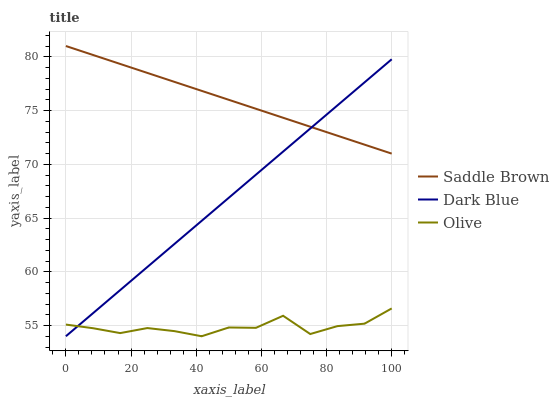
| xaxis_label | Saddle Brown | Dark Blue | Olive |
 | --- | --- | --- | --- |
 | 0 | 81 | 54 | 55.1 |
 | 8.33 | 80.2 | 56.1 | 54.7 |
 | 16.7 | 79.3 | 58.3 | 54.3 |
 | 25 | 78.5 | 60.4 | 54.8 |
 | 33.3 | 77.7 | 62.6 | 54.5 |
 | 41.7 | 76.8 | 64.7 | 54 |
 | 50 | 76 | 66.9 | 54.8 |
 | 58.3 | 75.2 | 69 | 54.8 |
 | 66.7 | 74.3 | 71.2 | 55.9 |
 | 75 | 73.5 | 73.3 | 54.2 |
 | 83.3 | 72.7 | 75.5 | 54.9 |
 | 91.7 | 71.8 | 77.6 | 55.2 |
 | 100 | 71 | 79.8 | 56.6 |